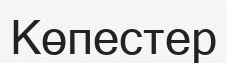
Көпестер